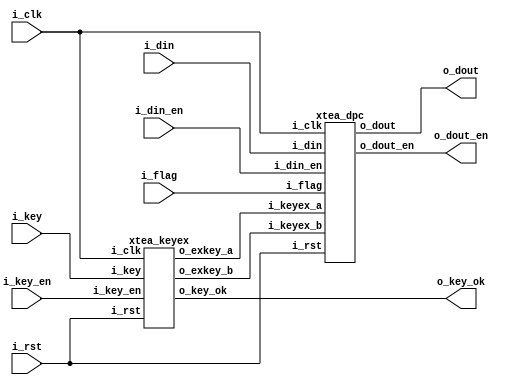
/*
Copyright 2019 XCrypt Studio

Licensed under the Apache License, Version 2.0 (the "License");
you may not use this file except in compliance with the License.
You may obtain a copy of the License at

 http://www.apache.org/licenses/LICENSE-2.0

Unless required by applicable law or agreed to in writing, software
distributed under the License is distributed on an "AS IS" BASIS,
WITHOUT WARRANTIES OR CONDITIONS OF ANY KIND, either express or implied.
See the License for the specific language governing permissions and
limitations under the License.
*/

// ------------------------------------------------------------------------------
// Function         :   XTEA Cryptographic Algorithm Core
// ------------------------------------------------------------------------------
// Version            v-1.0
// ------------------------------------------------------------------------------

module top(
    input           i_clk,
    input           i_rst,
    input           i_flag,    //1-encrypt,0-decrypt
    input  [127:0]  i_key,
    input           i_key_en,  //1-key init start
	output 			o_key_ok,  //1-key init done
    input  [63:0]   i_din,
    input           i_din_en,
    output [63:0]   o_dout,
    output          o_dout_en
    );

	wire  [1023:0] s_exkey_a;
	wire  [1023:0] s_exkey_b;

	//key expand
	xtea_keyex u_keyex(
	.i_clk		(i_clk		),
	.i_rst		(i_rst		),
	.i_key		(i_key		),
	.i_key_en	(i_key_en	),
	.o_exkey_a	(s_exkey_a	),
	.o_exkey_b	(s_exkey_b	),
	.o_key_ok	(o_key_ok	)
	);

	//
	xtea_dpc u_dpc(
	.i_clk		(i_clk		),
	.i_rst		(i_rst		),
	.i_flag		(i_flag		),
	.i_keyex_a	(s_exkey_a	),
	.i_keyex_b	(s_exkey_b	),
    .i_din		(i_din		),
    .i_din_en	(i_din_en	),
    .o_dout		(o_dout		),
    .o_dout_en	(o_dout_en	)
	);

endmodule

module xtea_keyex(
	input 				i_clk,
	input 				i_rst,
	input 	[127:0] 	i_key,
	input 				i_key_en,
	output 	[1023:0]	o_exkey_a,
	output	[1023:0]	o_exkey_b,
	output 				o_key_ok
	);

	localparam DLY = 1;

	wire 				s_busy;
	wire 	[31:0]		s_sum;
	wire 	[31:0]		s_exka;
	wire 	[31:0]		s_exkb;

	reg 	[31:0]		r_sum;
	reg 	[1023:0]	r_exkey_a;
	reg 	[1023:0]	r_exkey_b;
	reg 	[4:0]		r_count;
	reg 				r_key_ok;

	function [31:0]	WS;
		input [127:0] D;
		input [1:0]	S;
		begin
			WS = (S==2'd0) ? D[127:96]:
				((S==2'd1) ? D[95:64]:
				((S==2'd2) ? D[63:32]:
				((S==2'd3) ? D[31:0]:32'b0)));
		end
	endfunction

	//assign s_key = {SWAP(i_key[127:96]),SWAP(i_key[95:64]),SWAP(i_key[63:32]),SWAP(i_key[31:0])};
	assign s_sum = i_key_en ? 32'h9E37_79B9:(r_sum + 32'h9E37_79B9);

	assign s_exka = i_key_en ? WS(i_key,2'b0):(r_sum + WS(i_key,r_sum[1:0]));
	assign s_exkb = s_sum + WS(i_key,s_sum[12:11]);

	always@(posedge i_clk or posedge i_rst) begin
		if(i_rst)
			r_sum <= #DLY 32'b0;
		else if(s_busy)
			r_sum <= #DLY s_sum;
	end

	always@(posedge i_clk or posedge i_rst) begin
		if(i_rst) begin
			r_exkey_a <= #DLY 1024'b0;
		end else if(s_busy)begin
			r_exkey_a <= #DLY {r_exkey_a[991:0],s_exka};
		end
	end

	always@(posedge i_clk or posedge i_rst) begin
		if(i_rst) begin
			r_exkey_b <= #DLY 1024'b0;
		end else if(s_busy)begin
			r_exkey_b <= #DLY {r_exkey_b[991:0],s_exkb};
		end
	end

	always@(posedge i_clk or posedge i_rst) begin
		if(i_rst)
			r_count <= #DLY 5'd0;
		else if(r_count!=6'd0)
			r_count <= #DLY r_count + 5'b1;
		else if(i_key_en)
			r_count <= #DLY 5'b1;
	end

	assign o_exkey_a = r_exkey_a;
	assign o_exkey_b = r_exkey_b;

	assign s_busy = ((r_count!=5'd0)||(i_key_en==1'b1)) ? 1'b1 : 1'b0;

	always@(posedge i_clk or posedge i_rst) begin
		if(i_rst)
			r_key_ok <= #DLY 1'b0;
		else if(r_count=='d31)
			r_key_ok <= #DLY 1'b1;
		else if(i_key_en==1'b1)
			r_key_ok <= #DLY 1'b0;
	end

	assign o_key_ok = r_key_ok&(~i_key_en);

endmodule

module xtea_dpc(
	input			i_clk,
	input			i_rst,
	input 			i_flag,
	input  [1023:0] i_keyex_a,
	input  [1023:0]	i_keyex_b,
    input  [63:0]   i_din,
    input           i_din_en,
    output [63:0]   o_dout,
    output          o_dout_en
);

	localparam DLY = 1;

	reg [2:0]	r_count;
	reg [127:0]	r_ka,r_kb;
	wire [31:0]	s_y,s_ya,s_yb,s_yc,s_yd;
	wire [31:0]	s_z,s_za,s_zb,s_zc,s_zd;
	reg [31:0]	r_y,r_z;
	wire [1023:0] s_keyex_a,s_keyex_b;
	wire [63:0] s_din;

	function [31:0] LS4;
		input [31:0] D;
		begin
			LS4 = {D[27:0],4'b0};
		end
	endfunction

	function [31:0] RS5;
		input [31:0] D;
		begin
			RS5 = {5'b0,D[31:5]};
		end
	endfunction

	function [127:0] SWAP128;
		input [127:0] D;
		begin
			SWAP128 = {D[31:0],D[63:32],D[95:64],D[127:96]};
		end
	endfunction

	always@(posedge i_clk or posedge i_rst) begin
		if(i_rst)
			r_count <= #DLY 3'b0;
		else if(i_din_en)
			r_count <= #DLY 3'd1;
		else if(r_count!=3'd0)
			r_count <= #DLY r_count + 3'd1;
	end

	always@(*) begin
		if(i_flag) begin  //encrypt
			case(r_count)
				3'd0: r_ka = s_keyex_a[128*8-1:128*7];
				3'd1: r_ka = s_keyex_a[128*7-1:128*6];
				3'd2: r_ka = s_keyex_a[128*6-1:128*5];
				3'd3: r_ka = s_keyex_a[128*5-1:128*4];
				3'd4: r_ka = s_keyex_a[128*4-1:128*3];
				3'd5: r_ka = s_keyex_a[128*3-1:128*2];
				3'd6: r_ka = s_keyex_a[128*2-1:128*1];
				3'd7: r_ka = s_keyex_a[128*1-1:128*0];
			endcase
		end else begin  //decrypt
			case(r_count)
				3'd7: r_ka = SWAP128(s_keyex_a[128*8-1:128*7]);
				3'd6: r_ka = SWAP128(s_keyex_a[128*7-1:128*6]);
				3'd5: r_ka = SWAP128(s_keyex_a[128*6-1:128*5]);
				3'd4: r_ka = SWAP128(s_keyex_a[128*5-1:128*4]);
				3'd3: r_ka = SWAP128(s_keyex_a[128*4-1:128*3]);
				3'd2: r_ka = SWAP128(s_keyex_a[128*3-1:128*2]);
				3'd1: r_ka = SWAP128(s_keyex_a[128*2-1:128*1]);
				3'd0: r_ka = SWAP128(s_keyex_a[128*1-1:128*0]);
			endcase
		end
	end

	always@(*) begin
		if(i_flag) begin  //encrypt
			case(r_count)
				3'd0: r_kb = s_keyex_b[128*8-1:128*7];
				3'd1: r_kb = s_keyex_b[128*7-1:128*6];
				3'd2: r_kb = s_keyex_b[128*6-1:128*5];
				3'd3: r_kb = s_keyex_b[128*5-1:128*4];
				3'd4: r_kb = s_keyex_b[128*4-1:128*3];
				3'd5: r_kb = s_keyex_b[128*3-1:128*2];
				3'd6: r_kb = s_keyex_b[128*2-1:128*1];
				3'd7: r_kb = s_keyex_b[128*1-1:128*0];
			endcase
		end else begin  //decrypt
			case(r_count)
				3'd7: r_kb = SWAP128(s_keyex_b[128*8-1:128*7]);
				3'd6: r_kb = SWAP128(s_keyex_b[128*7-1:128*6]);
				3'd5: r_kb = SWAP128(s_keyex_b[128*6-1:128*5]);
				3'd4: r_kb = SWAP128(s_keyex_b[128*5-1:128*4]);
				3'd3: r_kb = SWAP128(s_keyex_b[128*4-1:128*3]);
				3'd2: r_kb = SWAP128(s_keyex_b[128*3-1:128*2]);
				3'd1: r_kb = SWAP128(s_keyex_b[128*2-1:128*1]);
				3'd0: r_kb = SWAP128(s_keyex_b[128*1-1:128*0]);
			endcase
		end
	end

	assign s_din = i_flag ? i_din : {i_din[31:0],i_din[63:32]};
	assign s_keyex_a = i_flag ? i_keyex_a : i_keyex_b;
	assign s_keyex_b = i_flag ? i_keyex_b : i_keyex_a;

	assign s_y = (r_count==3'd0) ? s_din[63:32]:r_y;
	assign s_z = (r_count==3'd0) ? s_din[31:0]:r_z ;

	assign s_ya = i_flag ? (s_y  + (((LS4(s_z)^RS5(s_z)) + s_z)^r_ka[127:96]))   : (s_y  - (((LS4(s_z)^RS5(s_z)) + s_z)^r_ka[127:96]));
	assign s_za = i_flag ? (s_z  + (((LS4(s_ya)^RS5(s_ya)) + s_ya)^r_kb[127:96])): (s_z  - (((LS4(s_ya)^RS5(s_ya)) + s_ya)^r_kb[127:96]));
	assign s_yb = i_flag ? (s_ya + (((LS4(s_za)^RS5(s_za)) + s_za)^r_ka[95:64])) : (s_ya - (((LS4(s_za)^RS5(s_za)) + s_za)^r_ka[95:64]));
	assign s_zb = i_flag ? (s_za + (((LS4(s_yb)^RS5(s_yb)) + s_yb)^r_kb[95:64])) : (s_za - (((LS4(s_yb)^RS5(s_yb)) + s_yb)^r_kb[95:64]));
	assign s_yc = i_flag ? (s_yb + (((LS4(s_zb)^RS5(s_zb)) + s_zb)^r_ka[63:32])) : (s_yb - (((LS4(s_zb)^RS5(s_zb)) + s_zb)^r_ka[63:32]));
	assign s_zc = i_flag ? (s_zb + (((LS4(s_yc)^RS5(s_yc)) + s_yc)^r_kb[63:32])) : (s_zb - (((LS4(s_yc)^RS5(s_yc)) + s_yc)^r_kb[63:32]));
	assign s_yd = i_flag ? (s_yc + (((LS4(s_zc)^RS5(s_zc)) + s_zc)^r_ka[31:0]))  : (s_yc - (((LS4(s_zc)^RS5(s_zc)) + s_zc)^r_ka[31:0]));
	assign s_zd = i_flag ? (s_zc + (((LS4(s_yd)^RS5(s_yd)) + s_yd)^r_kb[31:0]))  : (s_zc - (((LS4(s_yd)^RS5(s_yd)) + s_yd)^r_kb[31:0]));

	always@(posedge i_clk) begin
		r_y <= #DLY s_yd;
		r_z <= #DLY s_zd;
	end

	assign o_dout = i_flag ? {s_yd,s_zd} :{s_zd,s_yd};
	assign o_dout_en = (r_count==3'd7) ? 1'b1:1'b0;

endmodule